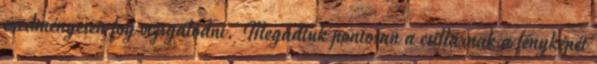
eredményesen fog vizsgálódni. Megadtuk pontosan a csillárnak a fényképét